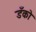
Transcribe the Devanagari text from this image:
डँको